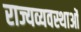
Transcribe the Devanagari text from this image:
राज्यव्यवस्थाओं